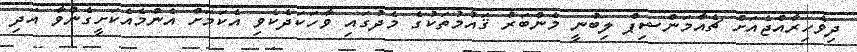
ދިވެހިރާއްޖެއަށް ޗެއާމަންޝިޕް ލިބުނީ މެންބަރު ޤައުމުތަކުގެ މެދުގައި ވާހަކަދެކެވި އެކަމަށް އެންމެއެކަށީގެންވާ އަދި